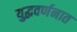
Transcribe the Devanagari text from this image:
युद्धवर्णनात